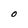
Character: O